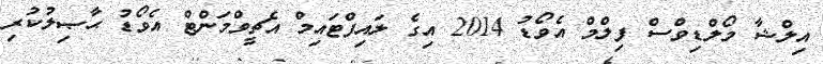
އިލްޝާ މޯލްޑިވްސް ފިލްމް އެވޯޑު 2014 އިގެ ލައިފްޓައިމް އެޗީވްމަންޓް އެވޯޑު ޙާޞިލުކުރި